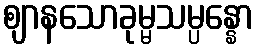
ဈာနသောခုမ္မသမ္ပန္နော